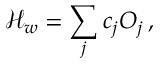
{ \mathcal H } _ { w } = \sum _ { j } c _ { j } { \cal O } _ { j } \, ,